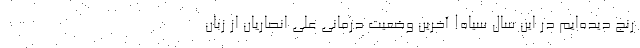
رنج دیده‌ایم در این سال سیاه! آخرین وضعیت درمانی علی انصاریان از زبان